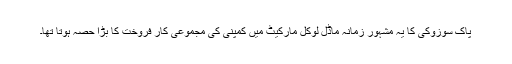
پاک سوزوکی کا یہ مشہور زمانہ ماڈل لوکل مارکیٹ میں کمپنی کی مجموعی کار فروخت کا بڑا حصہ ہوتا تھا۔